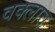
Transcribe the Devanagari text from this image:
वक्लाव